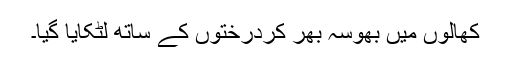
کھالوں میں بھوسہ بھر کردرختوں کے ساتھ لٹکایا گیا۔